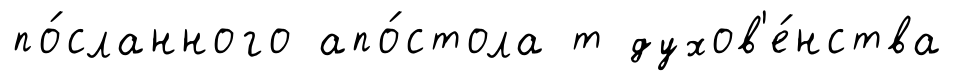
по́сланного апо́стола т духов'е́нства